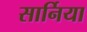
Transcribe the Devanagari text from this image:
सार्निया